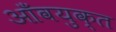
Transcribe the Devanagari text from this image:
आँवयुक्त